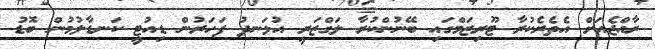
ރާއްޖެއަށް އެތެރެކުރާ ޓޫރިޒަމްގައި ބޭނުންކުރާ ލަގްޒަރީ އުޅަނދު ފަހަރުން ޑިއުޓީ ކަނޑާލުމުން ބޮޑު